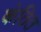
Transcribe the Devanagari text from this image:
कंठित